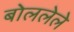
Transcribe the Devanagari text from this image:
बोललेले